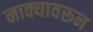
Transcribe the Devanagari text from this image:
नाक्यावरून